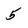
Character: 5